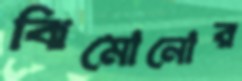
ঝিমোনোর